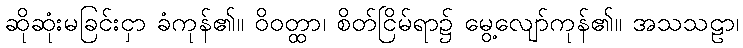
ဆိုဆုံးမခြင်းငှာ ခံကုန်၏။ ဝိဝတ္ထာ၊ စိတ်ငြိမ်ရာ၌ မွေ့လျော်ကုန်၏။ အသသဠာ၊